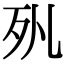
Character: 𣧇